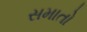
સમાતો